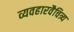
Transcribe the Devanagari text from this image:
व्यवहारवैचित्र्य